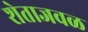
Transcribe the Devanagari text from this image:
शेताजवळ